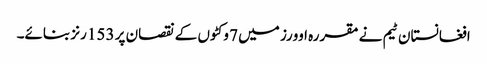
افغانستان ٹیم نے مقررہ اوورز میں 7 وکٹوں کے نقصان پر 153 رنز بنائے۔